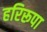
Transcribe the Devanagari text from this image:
हरिरूपा